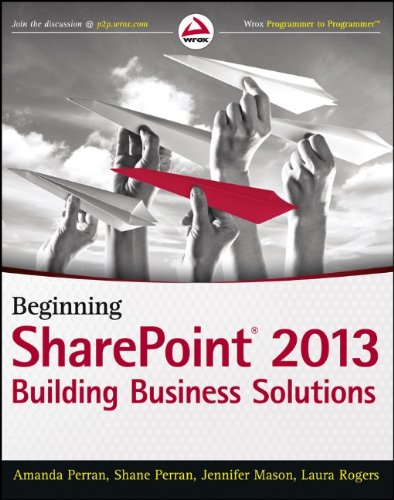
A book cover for Beginning SharePoint 2013: Building Business Solutions; Amanda Perran; Computers & Technology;